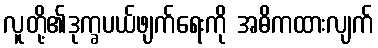
လူတို့၏ဒုက္ခပယ်ဖျက်ရေးကို အဓိကထားလျက်